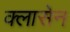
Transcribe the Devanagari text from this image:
क्लासेन